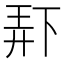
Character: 𫠯